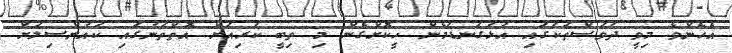
އެހެންވެ މިވީ ދުވަސްތަކުގައި އަޅުގަނޑުމެން ހީކޮށްގެން މި ތިބީ ކުރިއަށް އޮތްތަނުގައި ކައުންސިލަށް